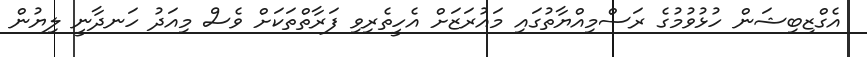
އެގްޒިބިޝަން ހުޅުވުމުގެ ރަސްމިއްޔާތުގައި މައުރަޒަށް އެހީތެރިވި ފަރާތްތަކަށް ވެސް މިއަދު ހަނދާނީ ލިޔުން